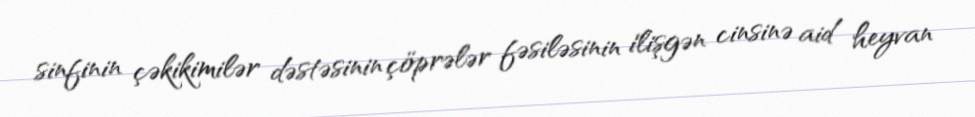
sinfinin çəkikimilər dəstəsinin çöprələr fəsiləsinin i̇lişgən cinsinə aid heyvan